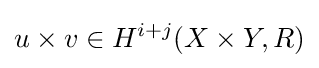
u\times v\in H^{i+j}(X\times Y,R)